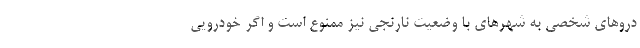
دروهای شخصی به شهرهای با وضعیت نارنجی نیز ممنوع است و اگر خودرویی